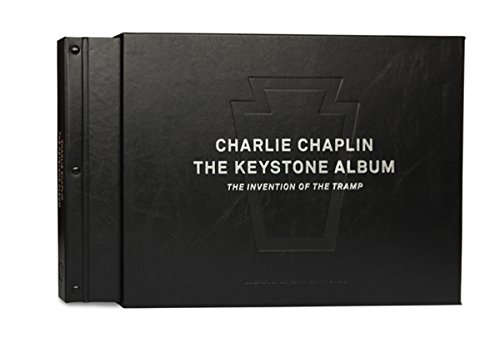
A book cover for Charlie Chaplin: The Keystone Album: The Invention of the Tramp; Glenn Mitchell; Arts & Photography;